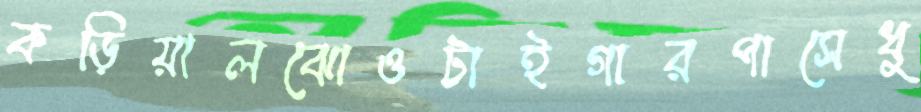
কড়িয়ালঝোওটাইগারপাসেধু